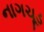
નાગચૂડ